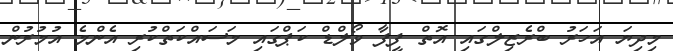
މިދިޔަ އަހަރު ބްރެޒިލްގައި އޮތް ފީފާ ވޯލްޑް ކަޕްގައި މަސައްކަތްކުރި އެންމެ އުމުރުން